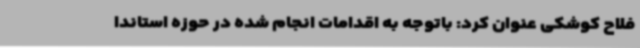
فلاح کوشکی عنوان کرد: باتوجه به اقدامات انجام شده در حوزه استاندا